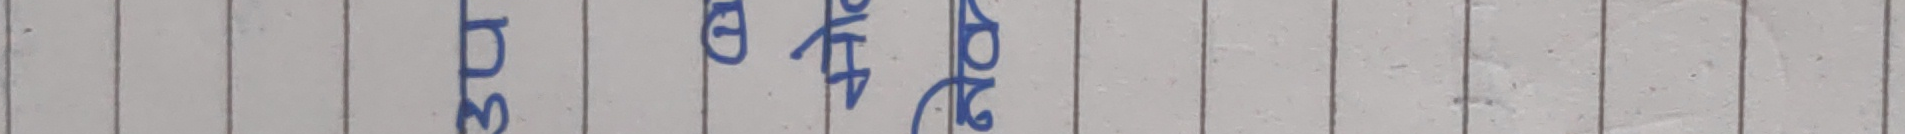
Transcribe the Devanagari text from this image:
जडीबुटी